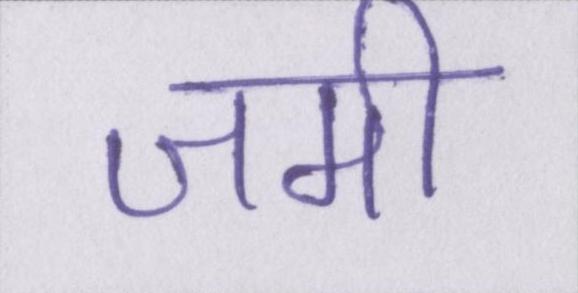
जमी